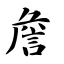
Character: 詹